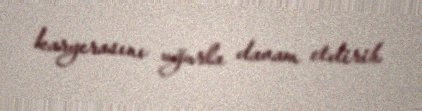
karyerasını uğurla davam etdirib.